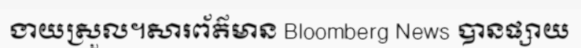
ងាយស្រួល។សារព័ត៌មាន Bloomberg News បានផ្សាយ